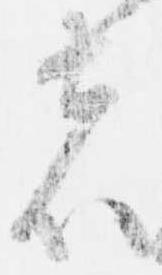
者